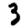
Digit: 3